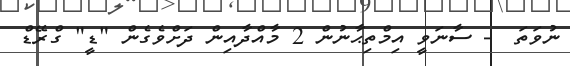
ނުވަތަ  - ސާނަވީ އިމްތިޙާނުން 2 މާއްދާއިން ދަށްވެގެން "ޑީ" ގްރޭޑް